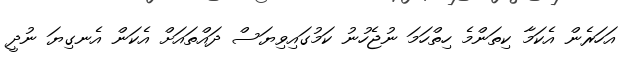
އަހަރެން އެކަމާ ކިތަންމެ ހިތްހަމަ ނުޖެހުނު ކަމުގައިވިޔަސް ދައްތައަށް އެކަން އެނގިޔަ ނުދީ